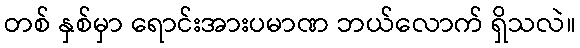
တစ် နှစ်မှာ ရောင်းအားပမာဏ ဘယ်လောက် ရှိသလဲ။